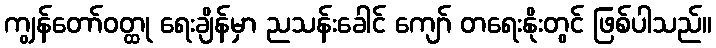
ကျွန်တော်ဝတ္ထု ရေးချိန်မှာ ညသန်းခေါင် ကျော် တရေးနိုးတွင် ဖြစ်ပါသည်။